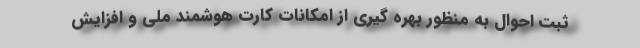
ثبت احوال به منظور بهره گیری از امکانات کارت هوشمند ملی و افزایش